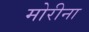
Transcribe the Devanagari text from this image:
मोरीना